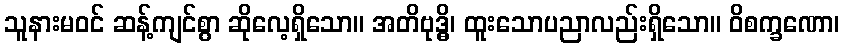
သူနားမဝင် ဆန့်ကျင်စွာ ဆိုလေ့ရှိသော။ အတိဗုဒ္ဓိ၊ ထူးသောပညာလည်းရှိသော။ ဝိစက္ခဏော၊